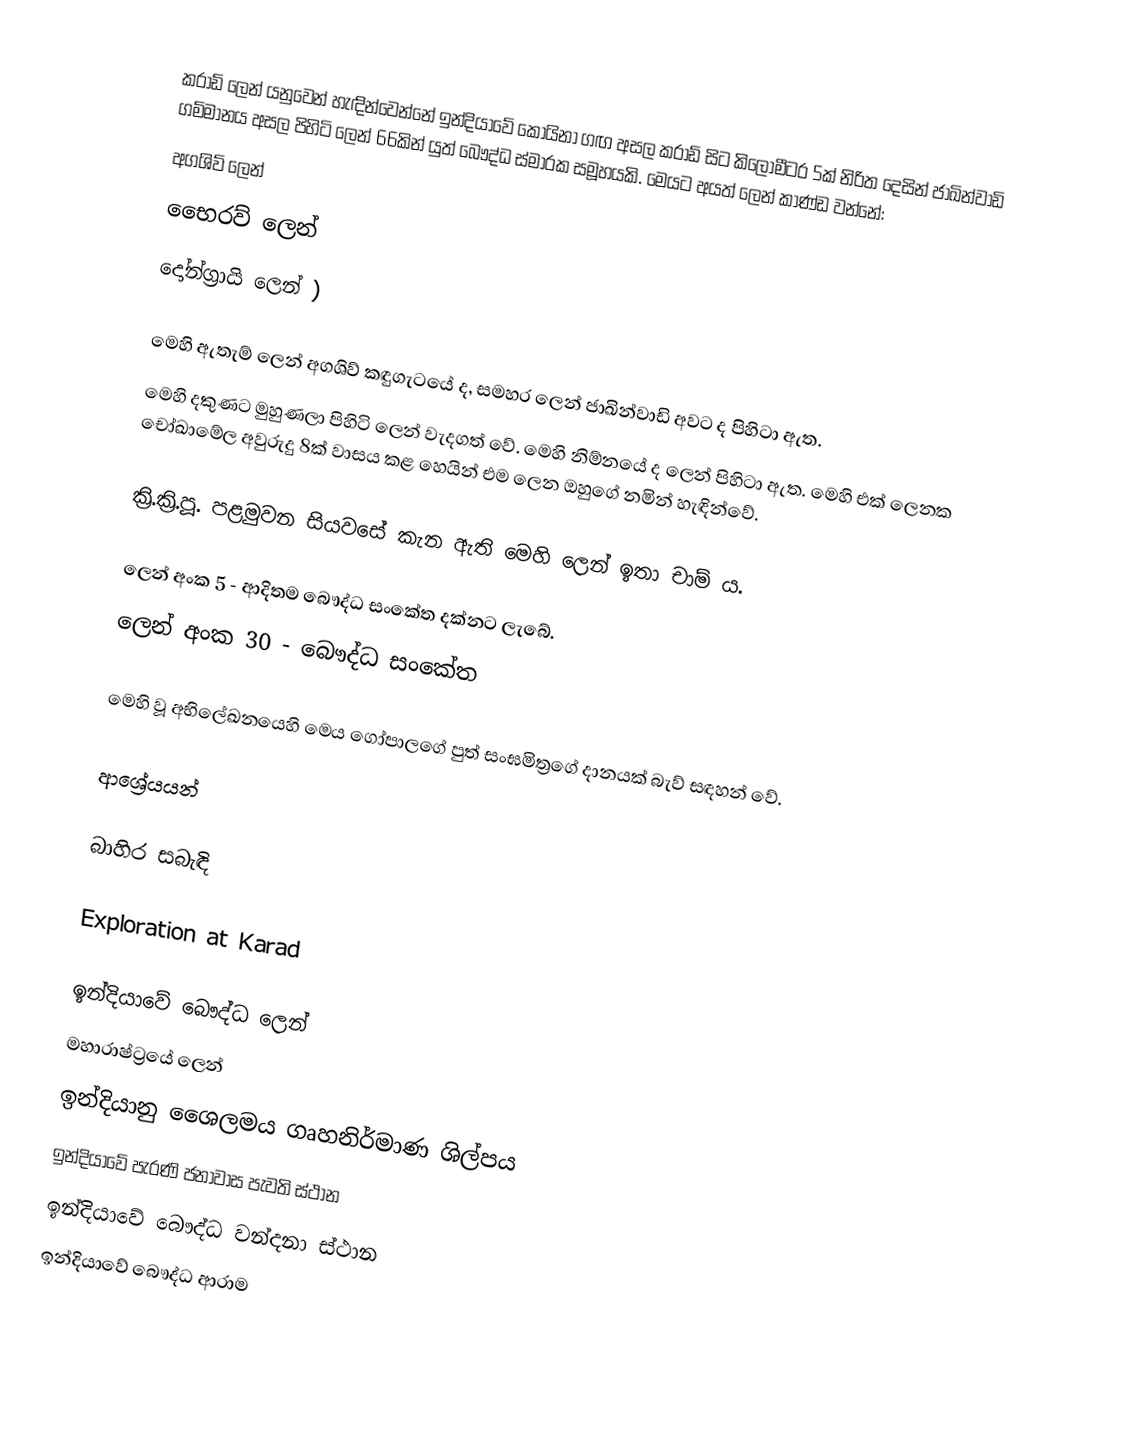
කරාඩ් ලෙන් ‍යනුවෙන් හැඳින්වෙන්නේ ඉන්දියාවේ කෝයිනා ගඟ අසල කරාඩ් සිට කිලෝමීටර 5ක් නිරිත දෙසින් ජාඛින්වාඩි ගම්මානය අසල පිහිටි ලෙන් 66කින් යුත් බෞද්ධ ස්මාරක සමූහයකි. මෙයට අයත් ලෙන් කාණ්ඩ වන්නේ:
 අගශිව් ලෙන්
 භෛරව් ලෙන්
 දෝන්ග්‍රායි ලෙන් )

මෙහි ඇතැම් ලෙන් අගශිව් කඳුගැටයේ ද, සමහර ලෙන් ජාඛින්වාඩි අවට ද පිහිටා ඇත.
මෙහි දකුණට මුහුණලා පිහිටි ලෙන් වැදගත් වේ. මෙහි නිම්නයේ ද ලෙන් පිහිටා ඇත. මෙහි එක් ලෙනක චෝඛාමේල අවුරුදු 8ක් වාසය කළ හෙයින් එම ලෙන ඔහුගේ නමින් හැඳින්වේ.

ක්‍රි.ක්‍රි.පූ. පළමුවන සියවසේ කැන ඇති මෙහි ලෙන් ඉතා චාම් ය.

ලෙන් අංක 5 - ආදිතම බෞද්ධ සංකේත දක්නට ලැබේ.
ලෙන් අංක 30 - බෞද්ධ සංකේත

මෙහි වූ අභිලේඛනයෙහි මෙය ගෝපාලගේ පුත් සංඝමිත්‍රගේ දානයක් බැව් සඳහන් වේ.

ආශ්‍රේයයන්

බාහිර සබැඳි

 Exploration at Karad

ඉන්දියාවේ බෞද්ධ ලෙන්
මහාරාෂ්ට්‍රයේ ලෙන්
ඉන්දියානු ශෛලමය ගෘහනිර්මාණ ශිල්පය
ඉන්දියාවේ පැරණි ජනාවාස පැවති ස්ථාන
ඉන්දියාවේ බෞද්ධ වන්දනා ස්ථාන
ඉන්දියාවේ බෞද්ධ ආරාම